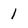
Character: l